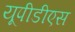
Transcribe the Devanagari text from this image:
यूपीडीएस